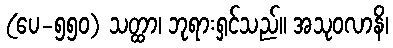
(ပေ-၅၅၀) သတ္ထာ၊ ဘုရားရှင်သည်။ အသုဝလာနိ၊